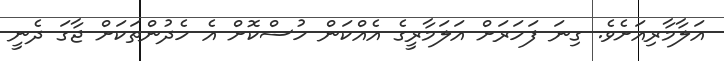
އަލާމާރިއަށެވެ. ގިނަ ފަހަރަށް އަލަމާރީގެ އެއްކަން ހުސްކޮށް އެ ހެދުންތަކަށް ޖާގަ ދެނީ